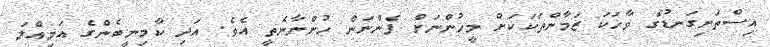
އިސްތަށިގަނޑުގެ ވާހަކަ ޒަމާންތަކަކަށް މީހުންނަށް ފެންނަން ހުންނާނެތީ އެވެ. އަދި ކާމިނީބެންގެ އަމިއްލަ